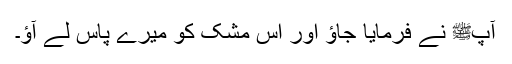
آپﷺ نے فرمایا جاؤ اور اس مشک کو میرے پاس لے آؤ۔